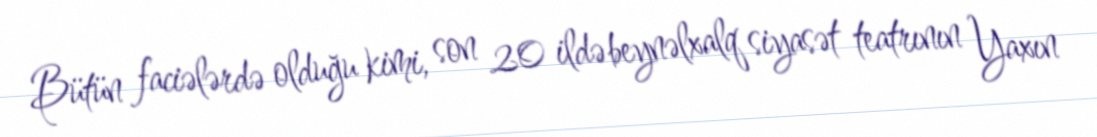
Bütün faciələrdə olduğu kimi, son 20 ildə beynəlxalq siyasət teatrının Yaxın